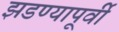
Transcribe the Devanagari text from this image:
झडण्यापूर्वी